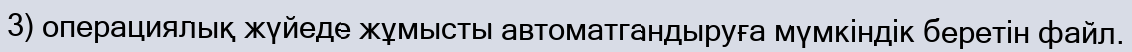
3) операциялық жүйеде жұмысты автоматгандыруға мүмкіндік беретін файл.